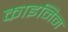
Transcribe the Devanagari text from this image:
काइनिन